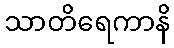
သာတိရေကာနိ